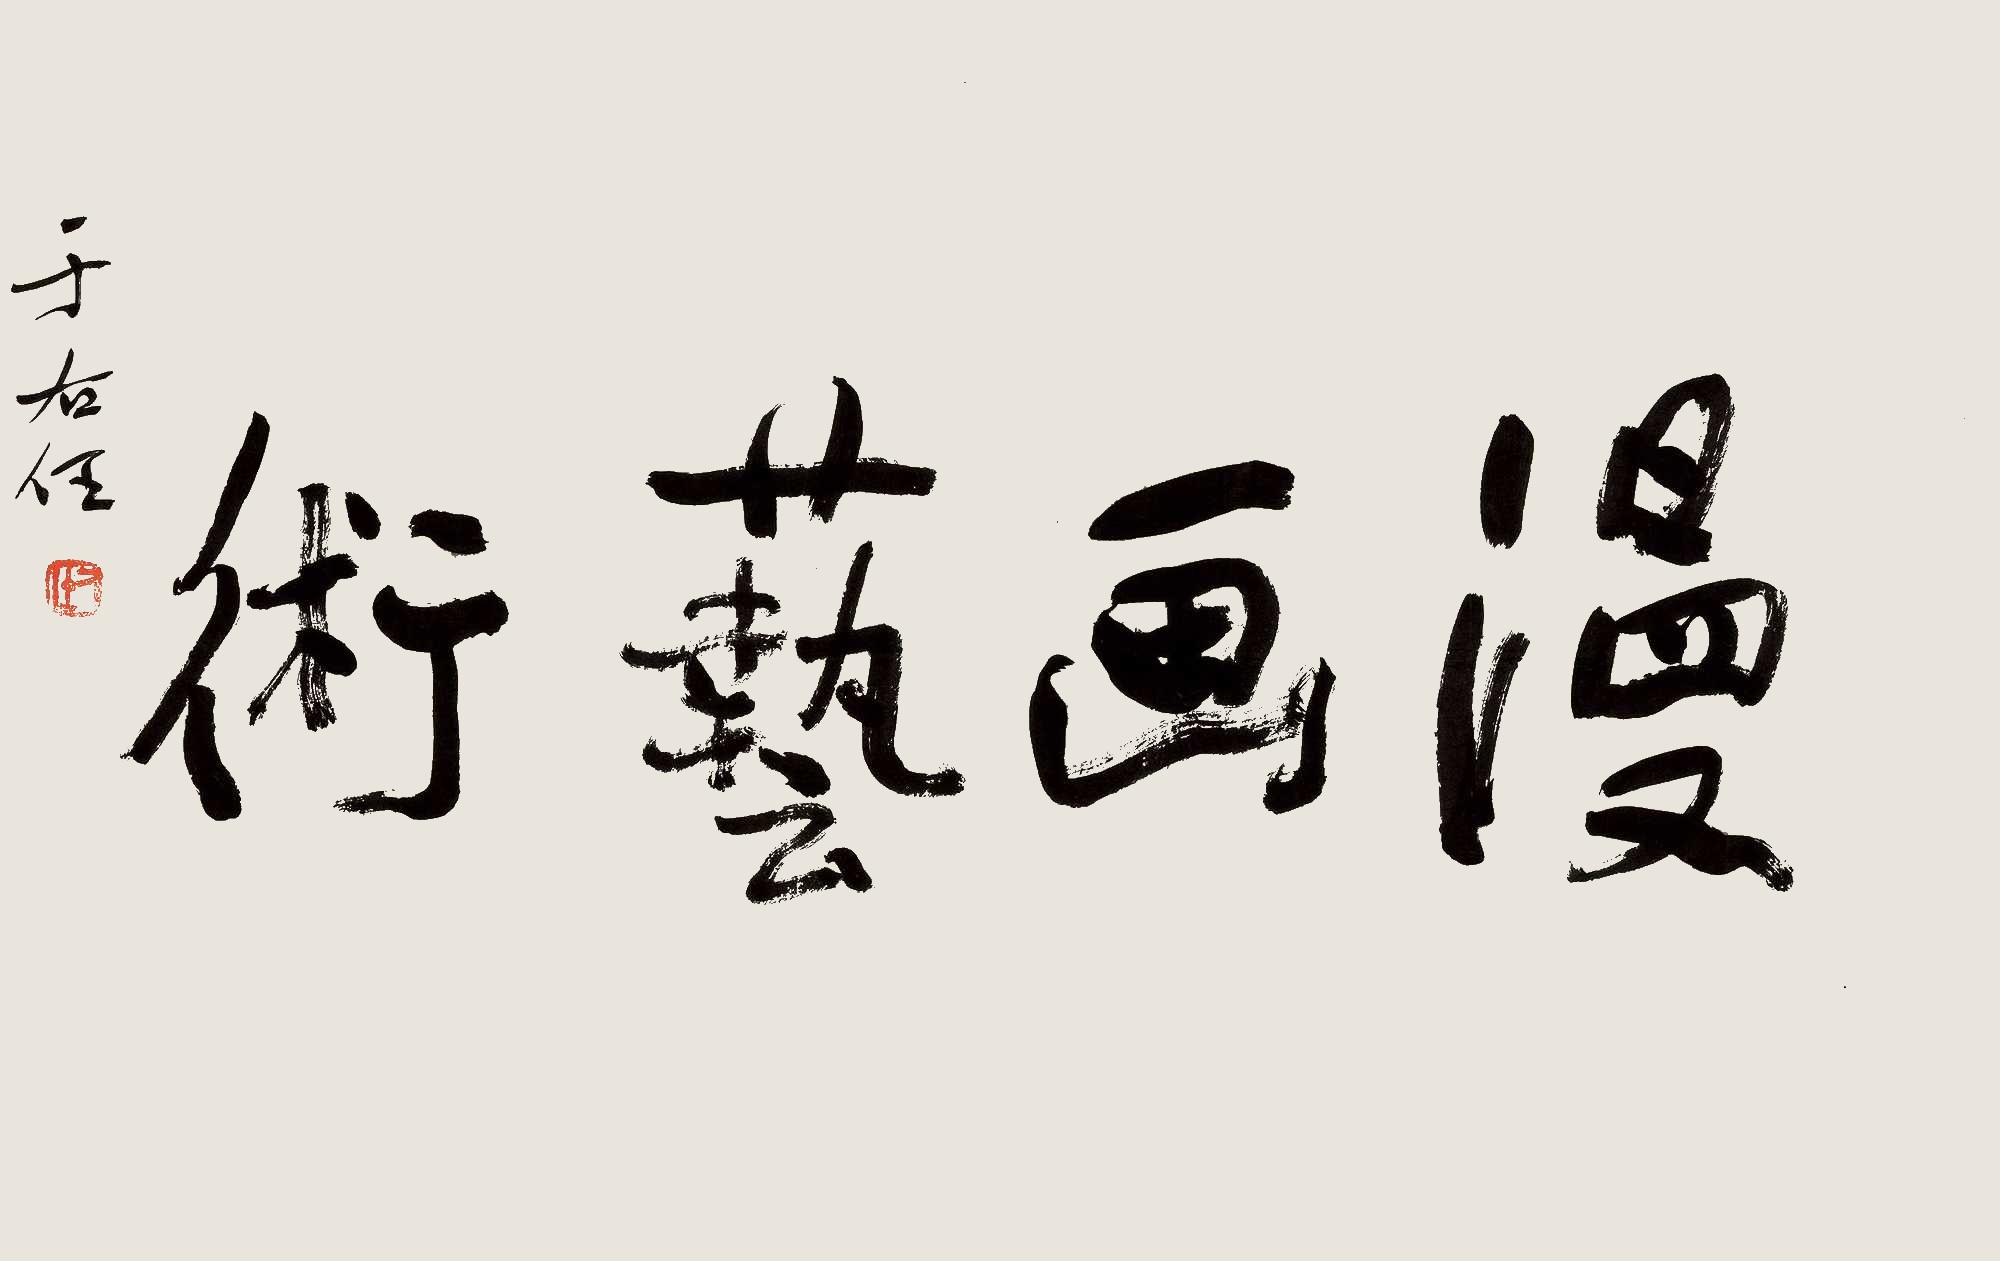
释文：漫画艺术于右任